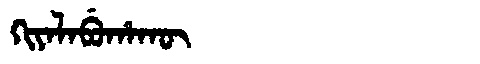
Manchu: ᡴᡳᠶᠠᠯᠠᠪᡠᡥᠠᡴᡡ
Romanization: KIYALABUHAKŪ